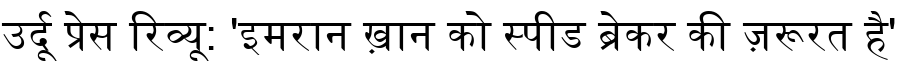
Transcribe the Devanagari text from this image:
उर्दू प्रेस रिव्यू: 'इमरान ख़ान को स्पीड ब्रेकर की ज़रूरत है'